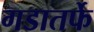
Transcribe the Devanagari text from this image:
गडातर्फे